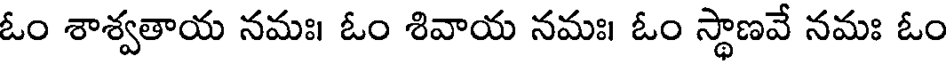
ఓం శాశ్వతాయ నమః। ఓం శివాయ నమః। ఓం స్థాణవే నమః ఓం